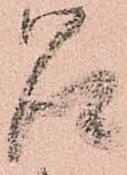
召